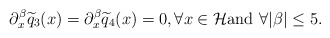
\begin{align*}\partial^\beta_x\widetilde q_{3}( x)=\partial^\beta_x\widetilde q_{4}( x)=0, \forall x\in \mathcal H\mbox{and}\,\,\forall\vert\beta\vert\le 5.\end{align*}